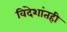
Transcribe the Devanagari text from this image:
विदेशांतही